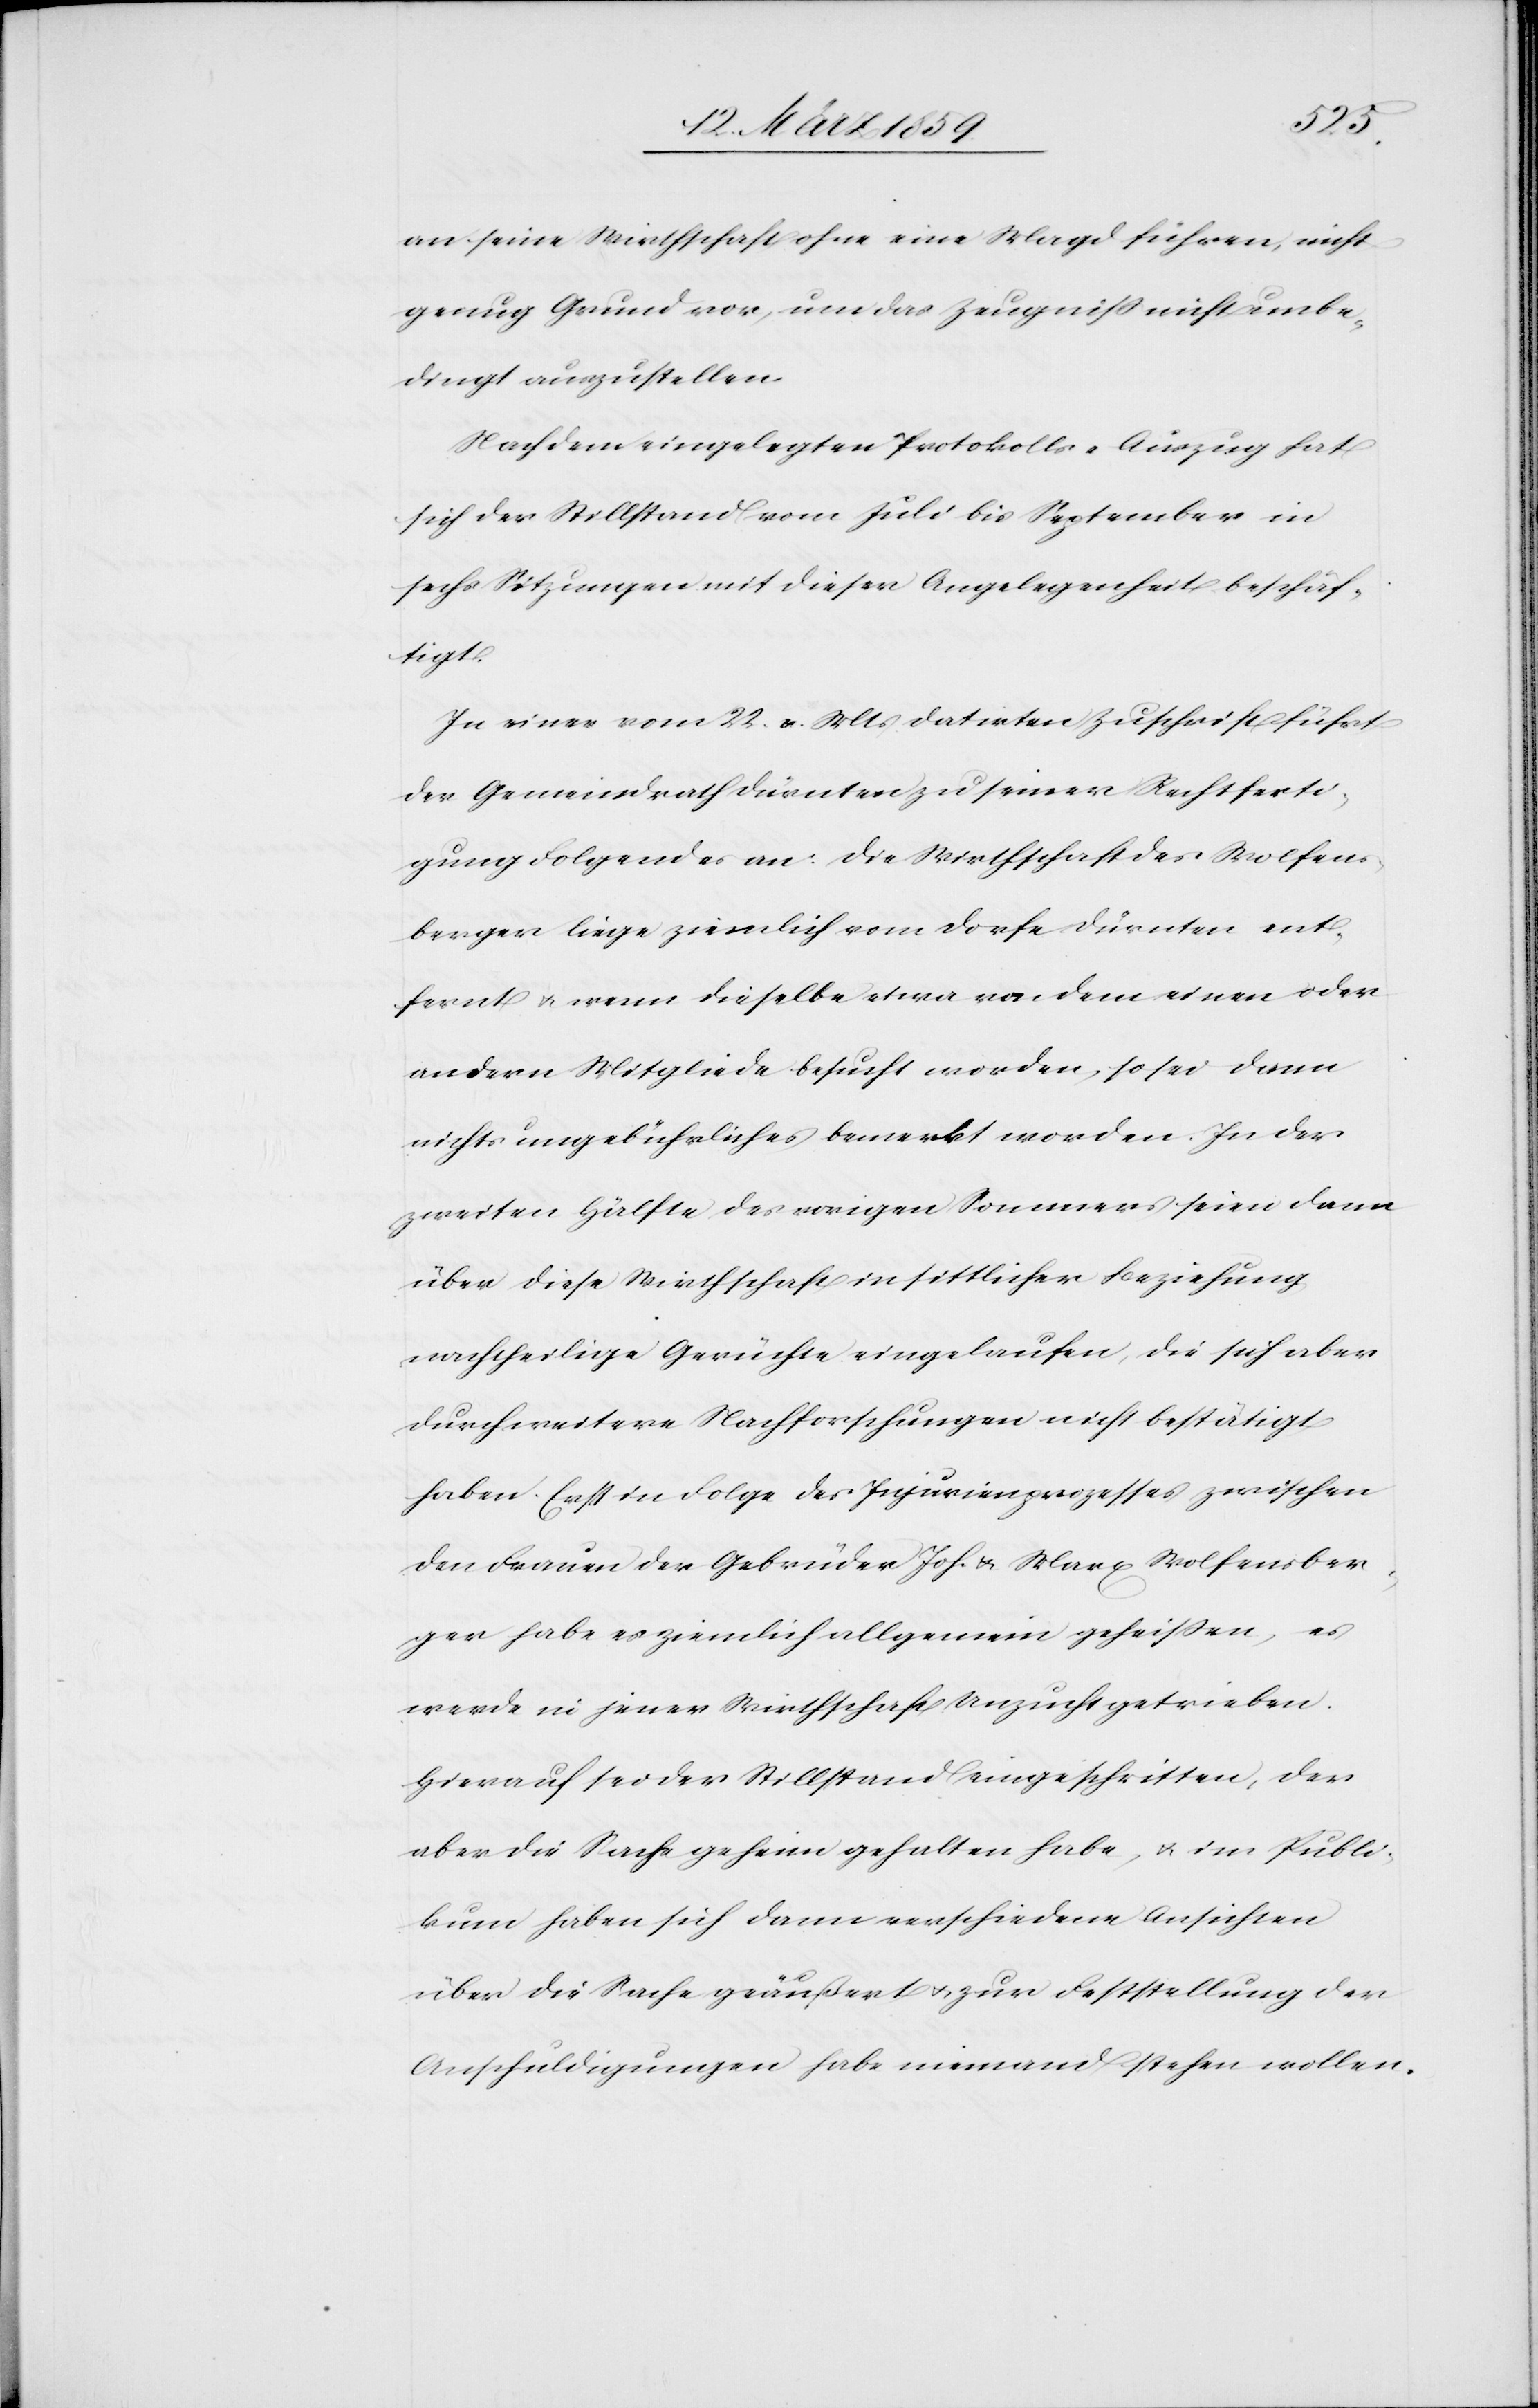
an seine Wirthschaft ohne eine Magd führen, nicht
genug Grund vor, nun das Zeugniß nicht unbe¬
dingt auszustellen.
Nach dem eingelegten Protokolls-Auszug hat
sich der Stillstand vom Juli bis September in
sechs Sitzungen mit dieser Angelegenheit beschäf¬
tigt.
In einer vom 22. v. Mts datirten Zuschrift führt
der Gemeindrath Dürnten zu seiner Rechtferti¬
gung Folgendes an: die Wirthschaft des Wolfens¬
berger liege ziemlich vom Dorfe Dürnten ent¬
fernt u. wenn dieselbe etwa von dem einen oder
andern Mitgliede besucht worden, so sei dann
nichts ungebührliches bemerkt worden. In der
zweiten Hälfte des vorigen Sommers seien dann
über diese Wirthschaft in sittlicher Beziehung
nachtheilige Gerüchte eingelaufen, die sich aber
durch weitere Nachforschungen nicht bestätigt
haben. Erst in Folge des Injurienprozesses zwischen
den Frauen der Gebrüder Joh. u. Marx Wolfensber¬
ger habe es ziemlich allgemein geheißen, es
werde in jener Wirthschaft Unzucht getrieben.
Hierauf sei der Stillstand eingeschritten, der
aber die Sache geheim gehalten habe, u. im Publi¬
kum haben sich dann verschiedene Ansichten
über die Sache geäußert u. zur Feststellung der
Anschuldigungen habe niemand stehen wollen.